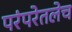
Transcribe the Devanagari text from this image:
परंपरेतलेच